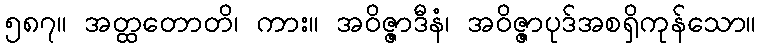
၅၈၇။ အတ္ထတောတိ၊ ကား။ အဝိဇ္ဇာဒီနံ၊ အဝိဇ္ဇာပုဒ်အစရှိကုန်သော။